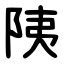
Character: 䧅